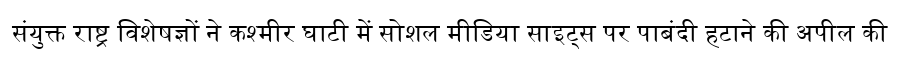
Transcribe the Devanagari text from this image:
संयुक्त राष्ट्र विशेषज्ञों ने कश्मीर घाटी में सोशल मीडिया साइट्स पर पाबंदी हटाने की अपील की